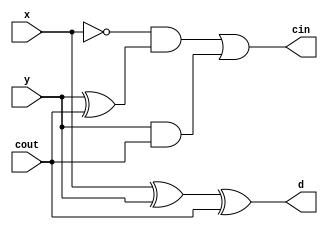
module fullsub(cout,x,y,d,cin);

  input cout; // carry out bit, borrowed by its next low bit
  input x;
  input y;

  output d;
  output cin;

  assign d = x^y^cout;
  assign cin = (~x&(y^cout))|(y&cout);
endmodule